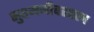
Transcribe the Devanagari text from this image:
सुक्ष्मजीवशास्त्र